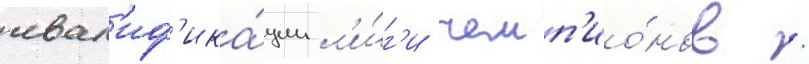
квал'иф'ика́ции л'и́г'и чемп'ио́нов /